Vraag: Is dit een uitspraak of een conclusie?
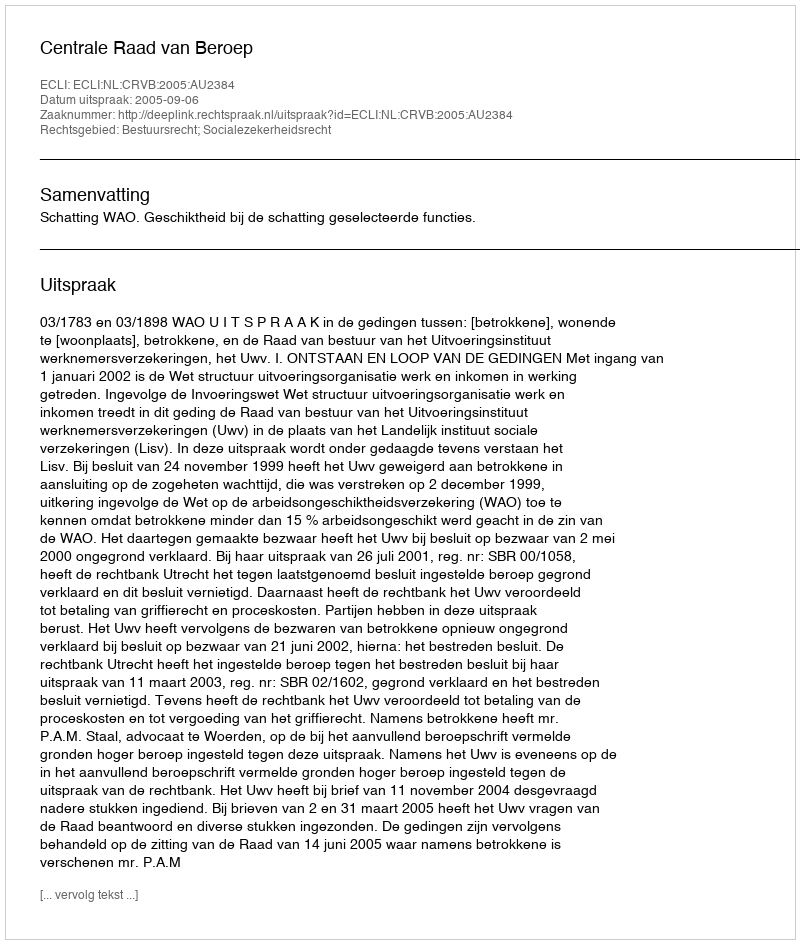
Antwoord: Uitspraak